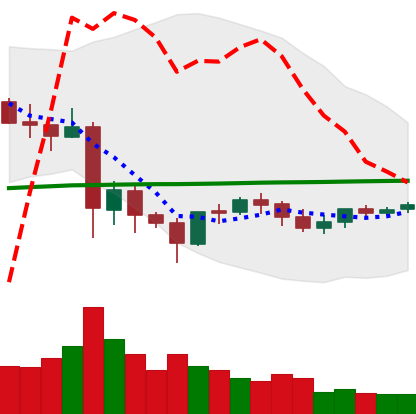
Ticker: LTC-USD
Chart end date: 2021-06-03
Forward return: -16.534%
Label: down_7plus